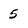
Character: 5